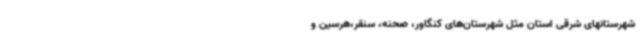
شهرستانهای شرقی استان مثل شهرستان‌های کنگاور، صحنه، سنقر،هرسین و